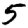
Digit: 5